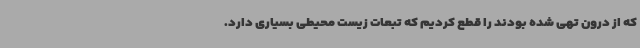
که از درون تهی شده بودند را قطع کردیم که تبعات زیست محیطی بسیاری دارد.